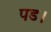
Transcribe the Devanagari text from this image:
पड।